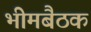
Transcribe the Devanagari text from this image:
भीमबैठक